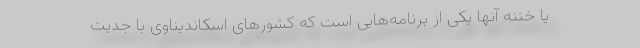
یا ختنه آنها یکی از برنامه‌هایی است که کشورهای اسکاندیناوی با جدیت